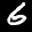
Label: 6